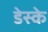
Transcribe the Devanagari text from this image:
डेस्के